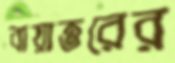
বায়াত্তরের